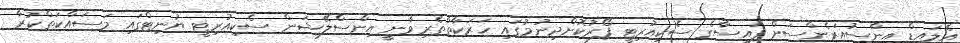
އެލައިޑް އިންސުއަރެންސަށް ފައިސާގެ ސެކިއުރިޓީ ފޯރުކޮށްދިނުމުގައި ހަރަކާތްތެރިވާނީ އިންސްލޭޝަން ސެކިއުރިޓީ ޔުނިޓްގައި މަސައްކަތްކުރާ